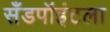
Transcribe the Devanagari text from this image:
सँडपॉइंटला